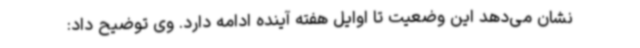
نشان می‌دهد این وضعیت تا اوایل هفته آینده ادامه دارد. وی توضیح داد: